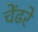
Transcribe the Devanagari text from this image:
चेंढरे